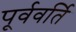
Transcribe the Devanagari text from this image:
पूर्ववर्ति